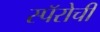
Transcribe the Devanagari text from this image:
स्पॅरोची